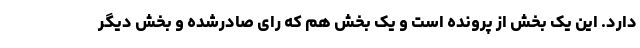
دارد. این یک بخش از پرونده است و یک بخش هم که رای صادرشده و بخش دیگر